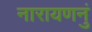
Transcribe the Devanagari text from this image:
नारायणनुं